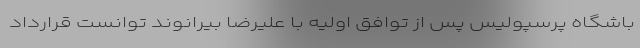
باشگاه پرسپولیس پس از توافق اولیه با علیرضا بیرانوند توانست قرارداد